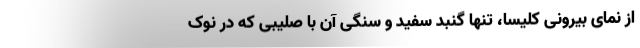
از نمای بیرونی کلیسا، تنها گنبد سفید و سنگی آن با صلیبی که در نوک